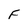
Character: F